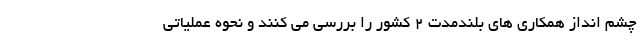
چشم انداز همکاری های بلندمدت ۲ کشور را بررسی می کنند و نحوه عملیاتی